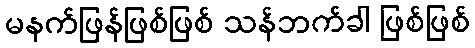
မနက်ဖြန်ဖြစ်ဖြစ် သန်ဘက်ခါ ဖြစ်ဖြစ်